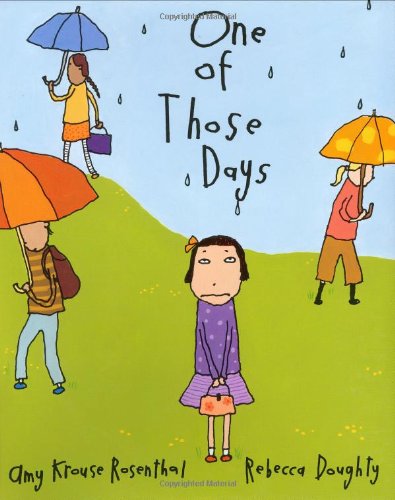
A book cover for One of Those Days; Amy Krouse Rosenthal; Humor & Entertainment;